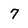
Character: 7